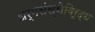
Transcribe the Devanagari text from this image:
धर्मसंस्थेविरूद्ध